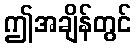
ဤအချိန်တွင်